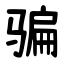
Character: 骗